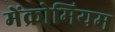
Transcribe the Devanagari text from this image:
मेंक्रोमियम